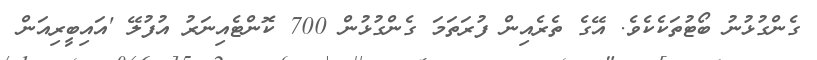
ގެންގުޅުނު ބޯޓުތަކެކެވެ. އޭގެ ތެރެއިން ފުރަތަމަ ގެންގުޅުން 700 ކޮންޓެއިނަރު އުފުލޭ 'އައިބީރިއަން